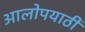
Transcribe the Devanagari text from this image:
आलोपयाठी